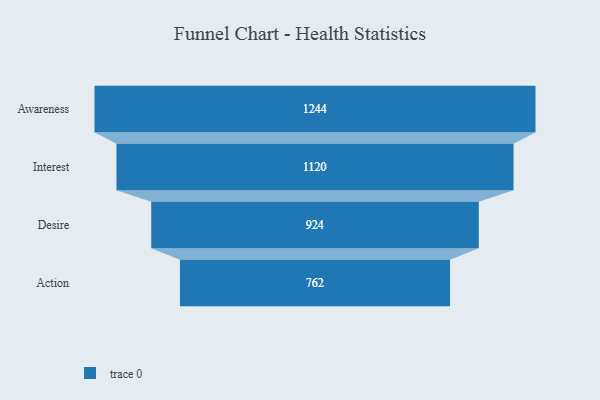
{"axis": {"x": "Stage", "y": "Value"}, "legend": [""], "data": [{"x": "Awareness", "y": 1244.0, "type": ""}, {"x": "Interest", "y": 1120.0, "type": ""}, {"x": "Desire", "y": 924.0, "type": ""}, {"x": "Action", "y": 762.0, "type": ""}]}